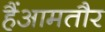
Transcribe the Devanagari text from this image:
हैंआमतौर